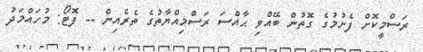
ރަސްމީކޮށް ފެށުމުގެ ގޮތުން ބޭއްވި ޙާއްސަ ރަސްމިއްޔާތުގެ ތެރެއިން -- ފޮޓޯ: މުހައްމަދު